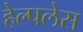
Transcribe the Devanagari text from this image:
हेल्पलेस